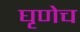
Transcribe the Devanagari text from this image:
घृणेच